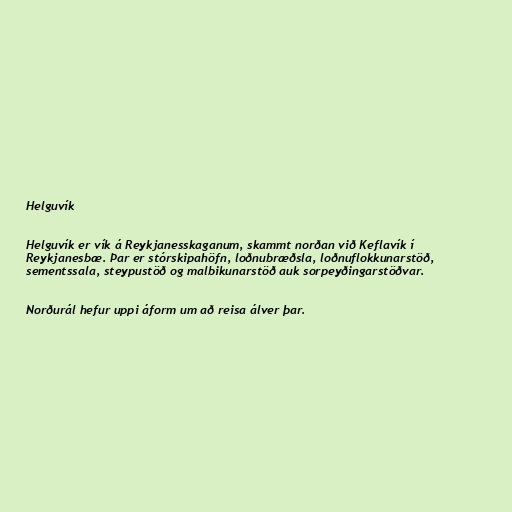
Helguvík

Helguvík er vík á Reykjanesskaganum, skammt norðan við Keflavík í
Reykjanesbæ. Þar er stórskipahöfn, loðnubræðsla, loðnuflokkunarstöð,
sementssala, steypustöð og malbikunarstöð auk sorpeyðingarstöðvar.

Norðurál hefur uppi áform um að reisa álver þar.